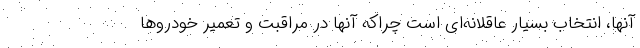
آنها، انتخاب بسیار عاقلانه‌ای است چراکه آنها در مراقبت و تعمیر خودروها